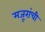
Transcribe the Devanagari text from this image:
मजूरांची